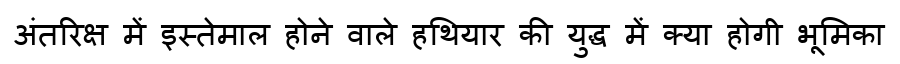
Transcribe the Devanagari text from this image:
अंतरिक्ष में इस्तेमाल होने वाले हथियार की युद्ध में क्या होगी भूमिका